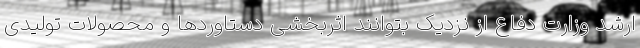
ارشد وزارت دفاع از نزدیک بتوانند اثربخشی دستاوردها و محصولات تولیدی